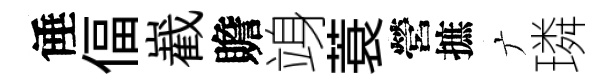
倕偪嶻贍竧蓑營摭广璘